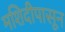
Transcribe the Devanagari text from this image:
मशिदीपासून